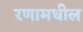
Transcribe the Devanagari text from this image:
रणामधील